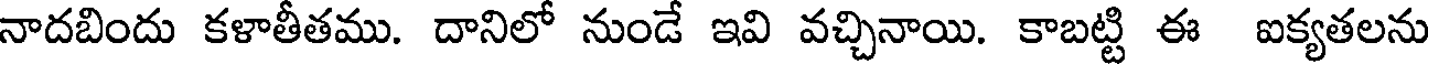
నాదబిందు కళాతీతము. దానిలో నుండే ఇవి వచ్చినాయి. కాబట్టి ఈ ఐక్యతలను